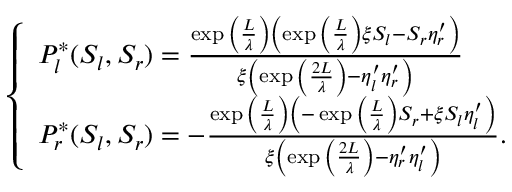
\left\{ \begin{array} { l l } { P _ { l } ^ { * } ( S _ { l } , S _ { r } ) = \frac { \exp { \left( \frac { L } { \lambda } \right) } \left( \exp { \left( \frac { L } { \lambda } \right) } \xi S _ { l } - S _ { r } \eta _ { r } ^ { \prime } \right) } { \xi \left( \exp { \left( \frac { 2 L } { \lambda } \right) } - \eta _ { l } ^ { \prime } \eta _ { r } ^ { \prime } \right) } } \\ { P _ { r } ^ { * } ( S _ { l } , S _ { r } ) = - \frac { \exp { \left( \frac { L } { \lambda } \right) } \left( - \exp { \left( \frac { L } { \lambda } \right) } S _ { r } + \xi S _ { l } \eta _ { l } ^ { \prime } \right) } { \xi \left( \exp { \left( \frac { 2 L } { \lambda } \right) } - \eta _ { r } ^ { \prime } \eta _ { l } ^ { \prime } \right) } . } \end{array} \right.